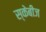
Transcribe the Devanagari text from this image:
स्केबीज